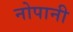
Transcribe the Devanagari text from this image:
नोपानी